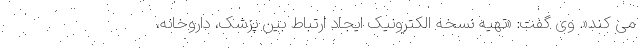
می کند«. وی گفت: «تهیه نسخه الکترونیک ایجاد ارتباط بین پزشک، داروخانه،